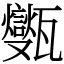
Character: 㽊